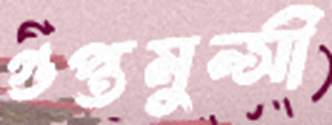
গুপ্তমুন্সী